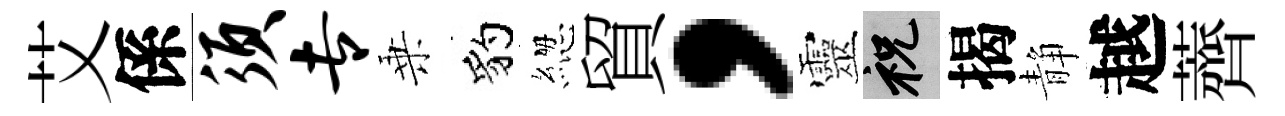
艾係须专乗豹緫貿，靈祝揭静越薺